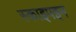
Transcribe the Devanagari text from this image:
स्काइपइन